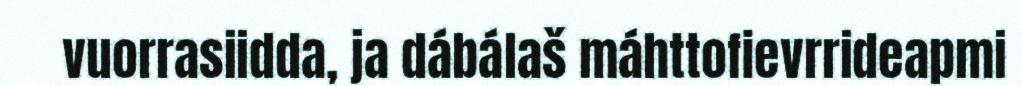
vuorrasiidda, ja dábálaš máhttofievrrideapmi